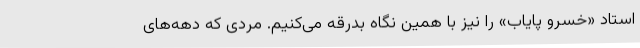
استاد «خسرو پایاب» را نیز با همین نگاه بدرقه می‌کنیم. مردی که دهه‌های